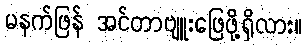
မနက်ဖြန် အင်တာဗျူးဖြေဖို့ရှိလား။